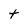
Character: t